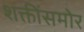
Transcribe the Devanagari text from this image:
शक्तींसमोर